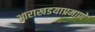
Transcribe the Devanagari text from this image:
आराखडयाप्रमाणे